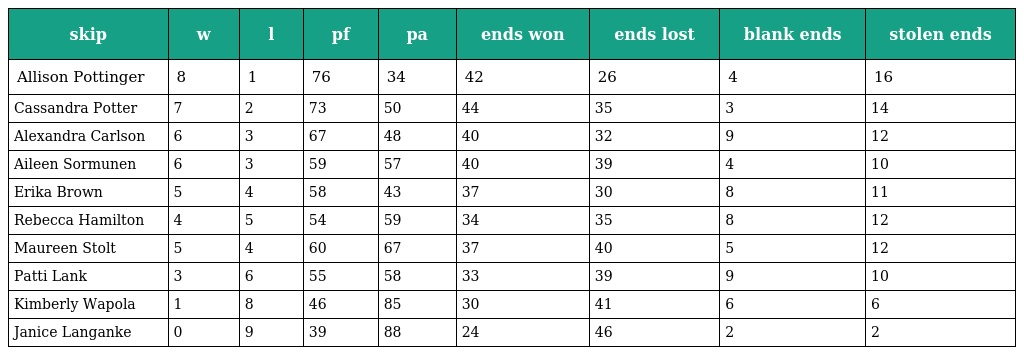
| skip | w | l | pf | pa | ends won | ends lost | blank ends | stolen ends |
 | --- | --- | --- | --- | --- | --- | --- | --- | --- |
 | Allison Pottinger | 8 | 1 | 76 | 34 | 42 | 26 | 4 | 16 |
 | Cassandra Potter | 7 | 2 | 73 | 50 | 44 | 35 | 3 | 14 |
 | Alexandra Carlson | 6 | 3 | 67 | 48 | 40 | 32 | 9 | 12 |
 | Aileen Sormunen | 6 | 3 | 59 | 57 | 40 | 39 | 4 | 10 |
 | Erika Brown | 5 | 4 | 58 | 43 | 37 | 30 | 8 | 11 |
 | Rebecca Hamilton | 4 | 5 | 54 | 59 | 34 | 35 | 8 | 12 |
 | Maureen Stolt | 5 | 4 | 60 | 67 | 37 | 40 | 5 | 12 |
 | Patti Lank | 3 | 6 | 55 | 58 | 33 | 39 | 9 | 10 |
 | Kimberly Wapola | 1 | 8 | 46 | 85 | 30 | 41 | 6 | 6 |
 | Janice Langanke | 0 | 9 | 39 | 88 | 24 | 46 | 2 | 2 |